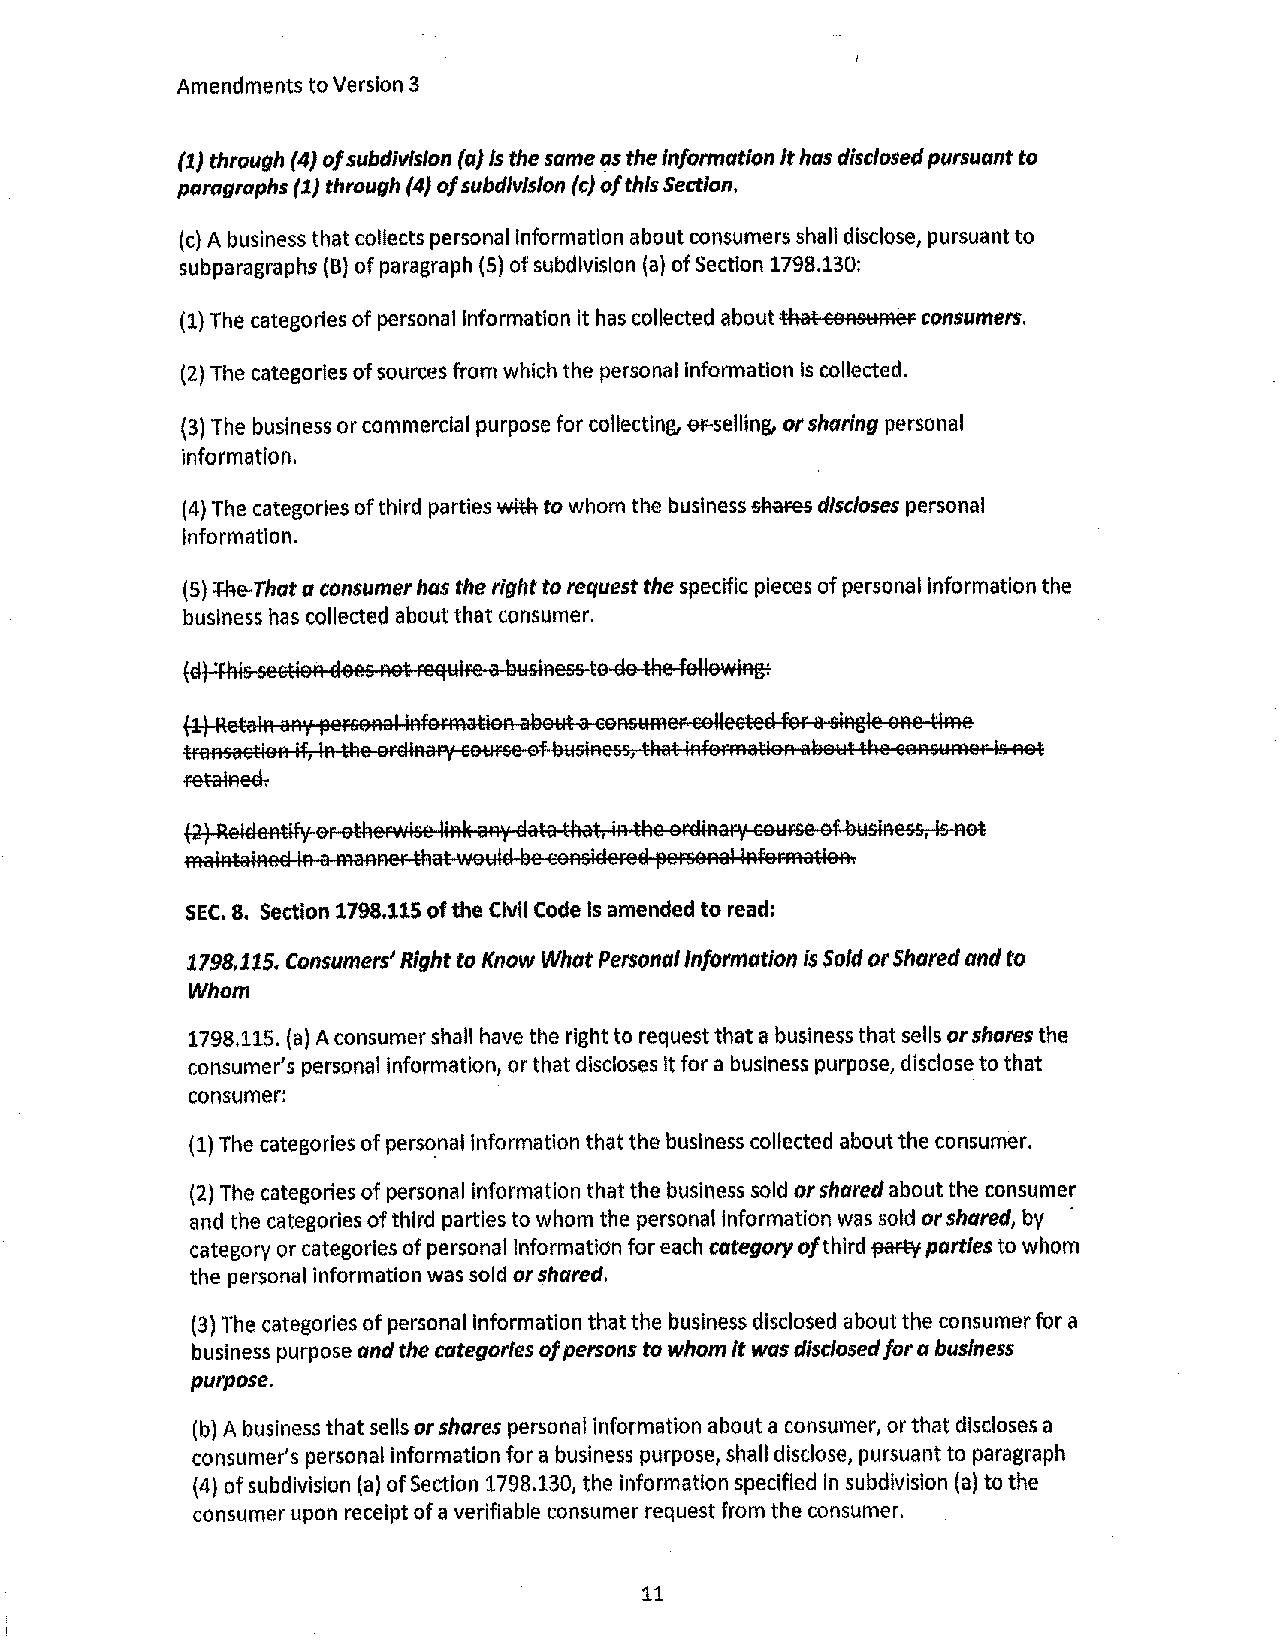
Amendments to Version 3
 (1} through {4} of subdivision (a} is the same as the Information It has disclosed pursuant to
 paragraphs {1} through (4} of subdivision (c} of this Section.
 (c) A business that collects personal information about consumers shall disclose, pursuant to
 subparagraphs (B) of paragraph (5) of subdivision (a) of Section 1798.130:
 (1) The categories of personal Information it has collected about that cansumer consumers.
 (2) The categories of sources from which the personal Information Is collected.
 (3) The business or commercial purpose for collecting, Gf-selling, or sharing personal
 Information.
 (4) The categories of third parties wittt to whom the business 5AafeS discloses personal
 Information.
 (5) +he-That a consumer has the right to request the specific pieces of personal Information the
 business has collected about that consumer.
 (d) This sectlen dees not reeiwire a llwsiness to Ela the fellowing:
 (1) Retain any ~ersonal information al3owt a cans1,1mer collected for a single eRe time
 transaction if, In the oralnary cowrse ef awslness, that infcmiqatlan abaut the cansumer Is net
 retalneel.
 (2) Reielentif',• er otherwise link an'{ elata that, in the ordinary cowrse ef business, is not
 maintained in a manner ti'lat wowlel lie considerea ~eFSanal lnferrnatlon.
 SEC, 8. Section 1798,115 of the Civil Code is amended to read:
 1798.115, Consumers' Right to Know What Personal Information is Sold or Shared and to
 Whom
 1798.115. (a) A consumer shall have the right to request that a business that sells or shares the
 consumer's personal information, or that discloses it for a business purpose, disclose to that
 consumer:
 (1) The categories of personal Information that the business collected about the consumer.
 (2) The categories of personal information that the business sold or shared about the consumer
 and the categories of third parties to whom the personal Information was sold or shared, by
 category or categories of personal information for each category of third partv parties to whom
 the personal information was sold or shared.
 (3) The categories of personal information that the business disclosed about the consumer for a
 business purpose and the categories of persons to whom It was disclosed for a business
 purpose.
 (bl A business that sells or shares personal information about a consumer, or that discloses a
 consumer's personal information for a business purpose, shall disclose, pursuant to paragraph
 (4) of subdivision (a) of Section 1798.130, the information specified In subdivision (a) to the
 consumer upon receipt of a verifiable consumer request from the consumer.
 11